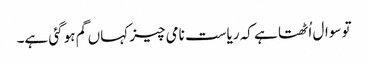
تو سوال اُٹھتا ہے کہ ریاست نامی چیز کہاں گم ہو گئی ہے۔